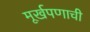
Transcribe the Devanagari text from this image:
मूर्खपणाची